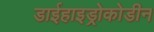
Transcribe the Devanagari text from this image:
डाईहाइड्रोकोडीन